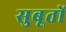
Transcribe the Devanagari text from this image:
सुबूतों